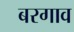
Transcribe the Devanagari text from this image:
बरगाव